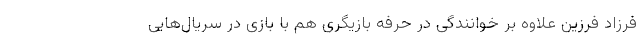
فرزاد فرزین علاوه بر خوانندگی در حرفه بازیگری هم با بازی در سریال‌هایی